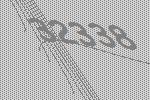
32338